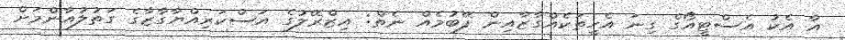
އާ އެކު އެސްޓީއޯގެ ގިނަ އެހީތަކެއްގާޒާއިން ފޭބުމެއް ނެތް: އިޒްރޭލުގެ އަސްކަރިއްޔާގާޒާގެ ގަތުލުއާންމަށް